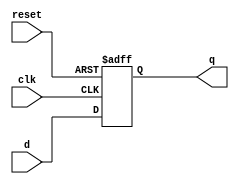
//
// SPDX-FileCopyrightText: Copyright 2023 Darryl Miles
// SPDX-License-Identifier: Apache2.0
//
`default_nettype none
`ifdef TIMESCALE
`timescale 1ns/1ps
`endif
//
// MetaData-1.0::
// Module-Name: dff_async_reset
// Module-Language: Verilog-200?
// Input-Count: 3
// Input-1: clk Clock (posedge)
// Input-2: reset Reset (async active-high)
// Input-3: d data
// Output-Count: 1
// Output-1: q Q
//
//
//  D Flip-Flop, async Reset (active HIGH) (verilog register simulation)
//
//
//
module dff_async_reset (
    input  wire		clk,
    input  wire		reset,	// active high
    input  wire		d,

    output  reg		q
);

    always @(posedge clk or posedge reset) begin
        if (reset) begin
            q <= 0;		// reset
        end else begin
            q <= d;
        end
    end

endmodule